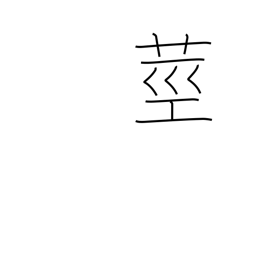
Meaning: stalk